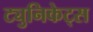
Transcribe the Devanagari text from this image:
ट्युनिकेट्स